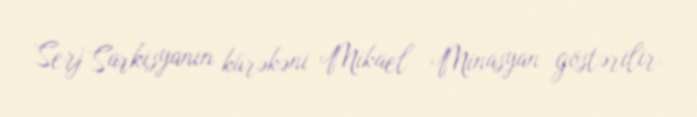
Serj Sarkisyanın kürəkəni Mikael Minasyan göstərilir.